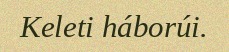
Keleti háborúi.